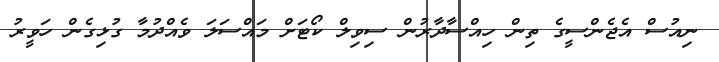
ނިއުސް އެޖެންސީގެ ތިން ހިއްސާދާރުން ސިވިލް ކޯޓަށް މައްސަލަ ވެއްދުމާ ގުޅިގެން ހަވީރު